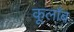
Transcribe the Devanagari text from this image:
कूलाँब